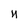
Character: 4